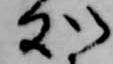
処